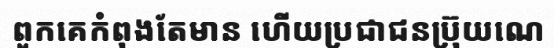
ពួកគេកំពុងតែមាន ហើយប្រជាជនប្រ៊ុយណេ